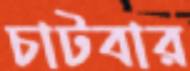
চাটবার